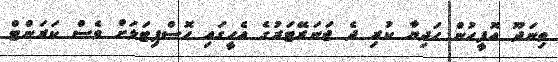
ތިނަދޫ އޮފީހުން ހަދިޔާ ކުރި ދެ ޖަނަރޭޓަރުގެ އެހީގައި ހޮސްޕިޓަލަށް ވެސް ކަރަންޓް